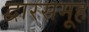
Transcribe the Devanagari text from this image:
द्वारसमूह